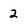
Character: 2